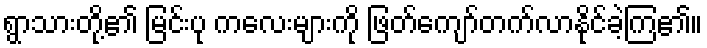
ရွာသားတို့၏ မြင်းပု ကလေးများကို ဖြတ်ကျော်တက်လာနိုင်ခဲ့ကြ၏။